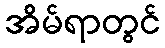
အိမ်ရာတွင်